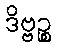
ဒိဗ္ဗဉ္စ